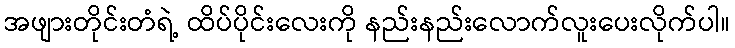
အဖျားတိုင်းတံရဲ့ ထိပ်ပိုင်းလေးကို နည်းနည်းလောက်လူးပေးလိုက်ပါ။